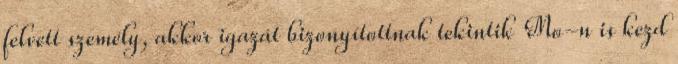
felvett személy, akkor igazát bizonyítottnak tekintik Mo-n is kezd